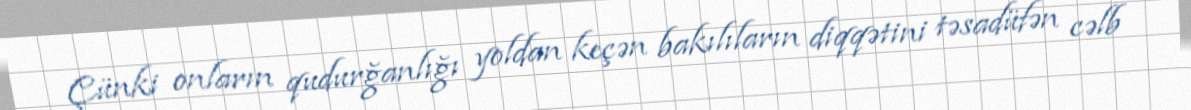
Çünki onların qudurğanlığı yoldan keçən bakılıların diqqətini təsadüfən cəlb